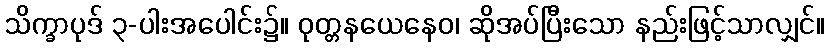
သိက္ခာပုဒ် ၃-ပါးအပေါင်း၌။ ဝုတ္တနယေနေဝ၊ ဆိုအပ်ပြီးသော နည်းဖြင့်သာလျှင်။